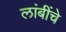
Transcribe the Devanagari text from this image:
लांबींचे